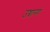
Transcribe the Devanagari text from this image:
उच्चारणं